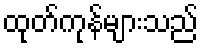
ထုတ်ကုန်များသည်